system: You are a helpful assistant.
user:
Analyze the provided spectrum to determine if it is a **S-type Star**.

- **Key Indicators for S-type Star:**

    - **(Overall Spectrum Shape):** The first and most obvious characteristic is the overall continuum (the "baseline" shape). It is **extremely "red-sloping,"** meaning the flux (light intensity) is very low on the left side (blue, ~4000-4500 Å) and rises steeply and continuously toward the right side (red, ~7000 Å+).

    - **(Primary):** The spectrum is defined by the presence of strong, broad molecular absorption "valleys" (bands) from **Zirconium Oxide (ZrO)**. The identification of these bands is the **primary requirement** for classifying a star as S-type.
        - **(Key Bandheads):** You must find distinct, deep "dips" where the light has been absorbed. The most critical band systems to locate are:
            - **~6474 Å** ($\gamma$-system): This is often the strongest and clearest ZrO feature, found in the red part of the spectrum.
            - **~5718 Å** & **~5551 Å** ($\beta$-system): A pair of prominent absorption features in the yellow-orange part of the spectrum.
            - **~4640 Å** ($\alpha$-system): A key absorption band system in the blue-green region of the spectrum.

    - **(Secondary Confirmation):** The classification is strengthened by finding additional absorption bands from other related heavy element oxides, which are expected to be present alongside ZrO.
        - **(Key Bandheads):**
            - **Yttrium Oxide (YO):** Look for absorption dips near **~4800 Å** and **~6100 Å**.
            - **Lanthanum Oxide (LaO):** Additional absorption features, particularly in the red-orange part of the spectrum, are also characteristic.

    - **(Line Profile):** The combination of the steep red continuum and these numerous, deep molecular bands (ZrO, YO, etc.) gives the entire spectrum a very **"chopped-up"** or **"bumpy"** appearance. Instead of a smooth curve, the spectrum looks as though large, wide chunks of light have been "carved out" of it at the specific wavelengths listed above.

Think first, call **spectral_visualization_tool** if needed to examine features in detail, then provide your final answer. Your response must adhere to the following strict rules:
1.  **Overall Structure:** Your response must follow the format `<think>...</think> <tool_call>...</tool_call> (if a tool is used) <answer>...</answer>`.
2.  **Tool Usage Constraint:** You may only make **one** tool call per turn.
3.  **Final Answer Format:** In the `<answer>` tag, your conclusion must be inside a `\boxed{}` command (e.g., `\boxed{YES}` or `\boxed{NO}`), followed by your justification.

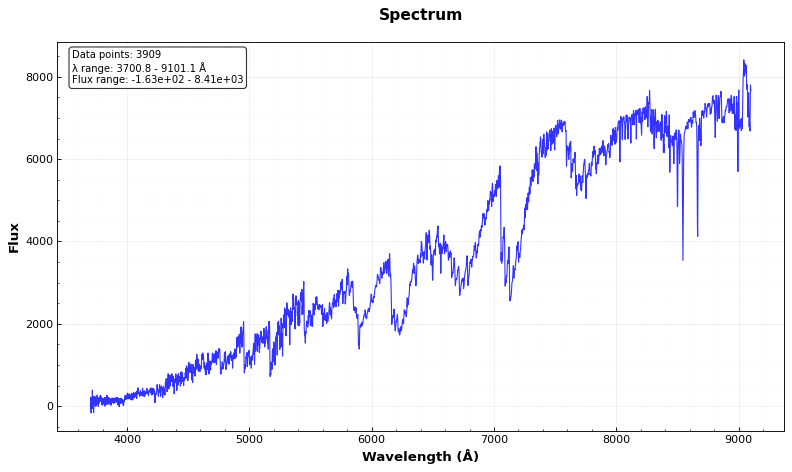
Answer: YES